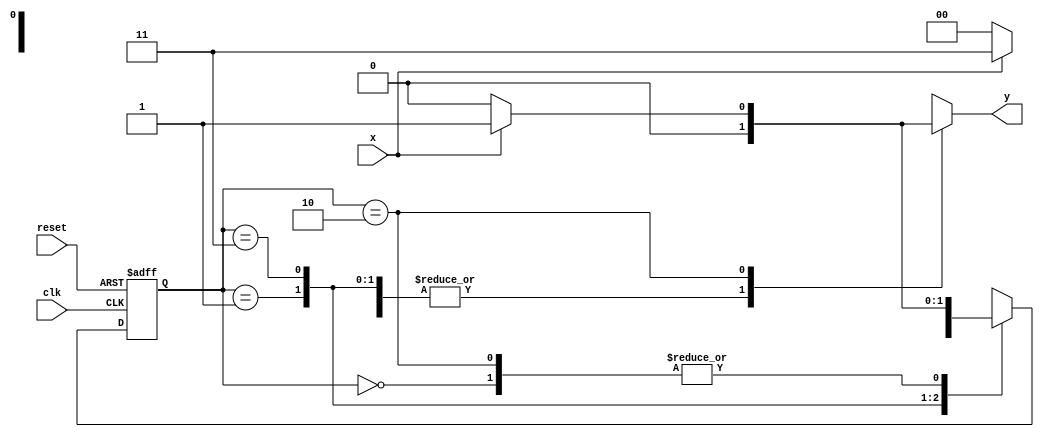
// -----------------------------------------
// - Guia 07 - Wender Zacarias Xavier - 427472
// - Mealy1101.v
// - Cincia da Computao - 2Peodo
// ----------------------------------------- 

// --------------
// --- Mealy FSM
// --------------


// constant definitions
     `define found 1
     `define notfound 0

// FSM by Mealy
   
    module mealy1101 ( y, x, clk, reset );
	output y;
	input x;
	input clk;
	input reset;
	reg y;

   parameter // state identifiers
	start = 2'b00,
	  id1 = 2'b01,
	 id11 = 2'b11,
	id110 = 2'b10;
   reg [1:0] E1; // current state variables
    reg [1:0] E2; // next state logic output

// next state logic

	always @( x or E1 )
	  begin
	y = `notfound;
	  case ( E1 )
    start:
	if ( x )
	    E2 = id1;
	else
	    E2 = start;
	  id1:
	if ( x )
	    E2 = id11;
	else
	    E2 = start;
	    id11:
	if ( x )
	    E2 = id11;
	else
	    E2 = id110;
	  id110:
	if ( x )
	  begin
	    E2 = id1;
	    y = `found;
    end
	else

 	begin
	    E2 = start;
	    y = `notfound;
    end

	default: // undefined state
	
	    E2 = 2'bxx;
    endcase

    end // always at signal or state changing

// state variables

	always @( posedge clk or negedge reset )
     begin
	if ( reset )
	     E1 = E2; // updates current state
	else
	     E1 = 0; // reset

    end // always at signal changing

endmodule // mealy1101